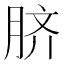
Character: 脐